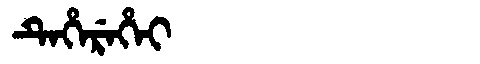
Manchu: ᡨᡝᡥᡝᡵᡝᡥᡝᡳ
Romanization: TEHEREHEI